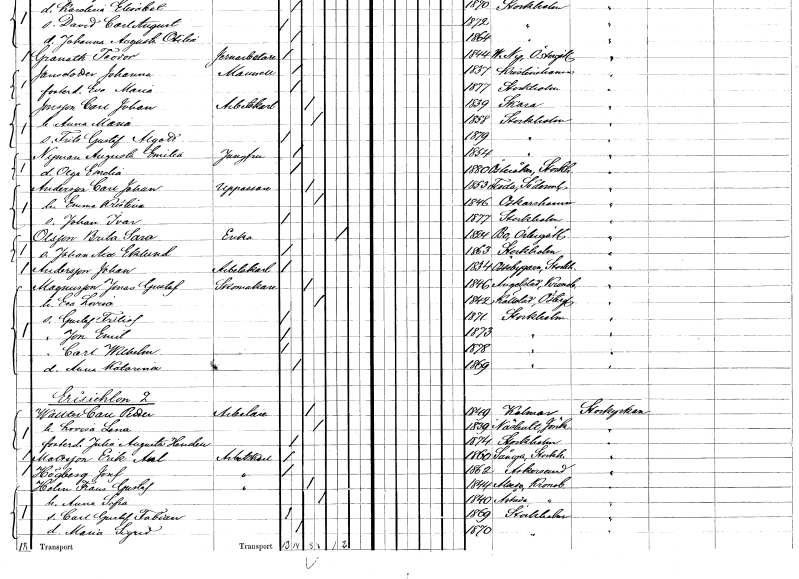
gt_parse: households: individuals: FN: Augusta Emilia
EN: Nyman
YRKE: Jungfru
KON: K
CIV: O
FODAR: 1854
FODFORS: Stockholm
FN: Olga Emelia
KON: K
CIV: O
FODAR: 1880
FODFORS: Österåker Stockholms län
FN: Carl Johan
EN: Andersson
YRKE: Uppassare
KON: M
CIV: G
FODAR: 1853
FODFORS: Floda Södermanlands län
FN: Emma Kristina
KON: K
CIV: G
FODAR: 1846
FODFORS: Oskarshamn Kalmar län
FN: Johan Ivar
KON: M
CIV: O
FODAR: 1877
FODFORS: Stockholm
FN: Brita Sara
EN: Olsson
YRKE: Änka
KON: K
CIV: E
FODAR: 1824
FN: Johan Axel
EN: Eklund
KON: M
CIV: O
FODAR: 1863
FODFORS: Stockholm
FN: Johan
EN: Andersson
YRKE: Arbetskarl
KON: M
CIV: O
FODAR: 1834
FODFORS: Össeby-Garn Stockholms län
FN: Jonas Gustaf
EN: Magnusson
YRKE: Skomakare
KON: M
CIV: G
FODAR: 1846
FODFORS: Angelstad Kronobergs län
FN: Eva Lovisa
KON: K
CIV: G
FODAR: 1842
FODFORS: Källstad Östergötlands län
FN: Gustaf Fritiof
KON: M
CIV: O
FODAR: 1871
FODFORS: Stockholm
FN: Jon Emil
KON: M
CIV: O
FODAR: 1873
FODFORS: Stockholm
FN: Carl Wilhelm
KON: M
CIV: O
FODAR: 1878
FODFORS: Stockholm
FN: Anna Katarina
KON: K
CIV: O
FODAR: 1869
FODFORS: Stockholm
FN: Carl Petter
EN: Wallter
YRKE: Arbetare
KON: M
CIV: G
FODAR: 1849
FODFORS: Kalmar Kalmar län
FN: Lovisa Lena
KON: K
CIV: G
FODAR: 1839
FODFORS: Näshult Jönköpings län
FN: Julia Augusta
EN: Hendell
KON: K
CIV: O
FODAR: 1874
FODFORS: Stockholm
FN: Erik Axel
EN: Mattsson
YRKE: Arbetskarl
KON: M
CIV: O
FODAR: 1860
FODFORS: Sånga Stockholms län
FN: Josef
EN: Högberg
YRKE: Arbetskarl
KON: M
CIV: O
FODAR: 1862
FODFORS: Askersund Örebro län
FN: Frans Gustaf
EN: Holm
YRKE: Arbetskarl
KON: M
CIV: G
FODAR: 1844
FODFORS: Alseda Jönköpings län
FN: Anna Sofia
KON: K
CIV: G
FODAR: 1840
FODFORS: Åseda Kronobergs län
FN: Carl Gustaf Fabian
KON: M
CIV: O
FODAR: 1869
FODFORS: Stockholm
FN: Maria Sigrid
KON: K
CIV: O
FODAR: 1870
FODFORS: Stockholm